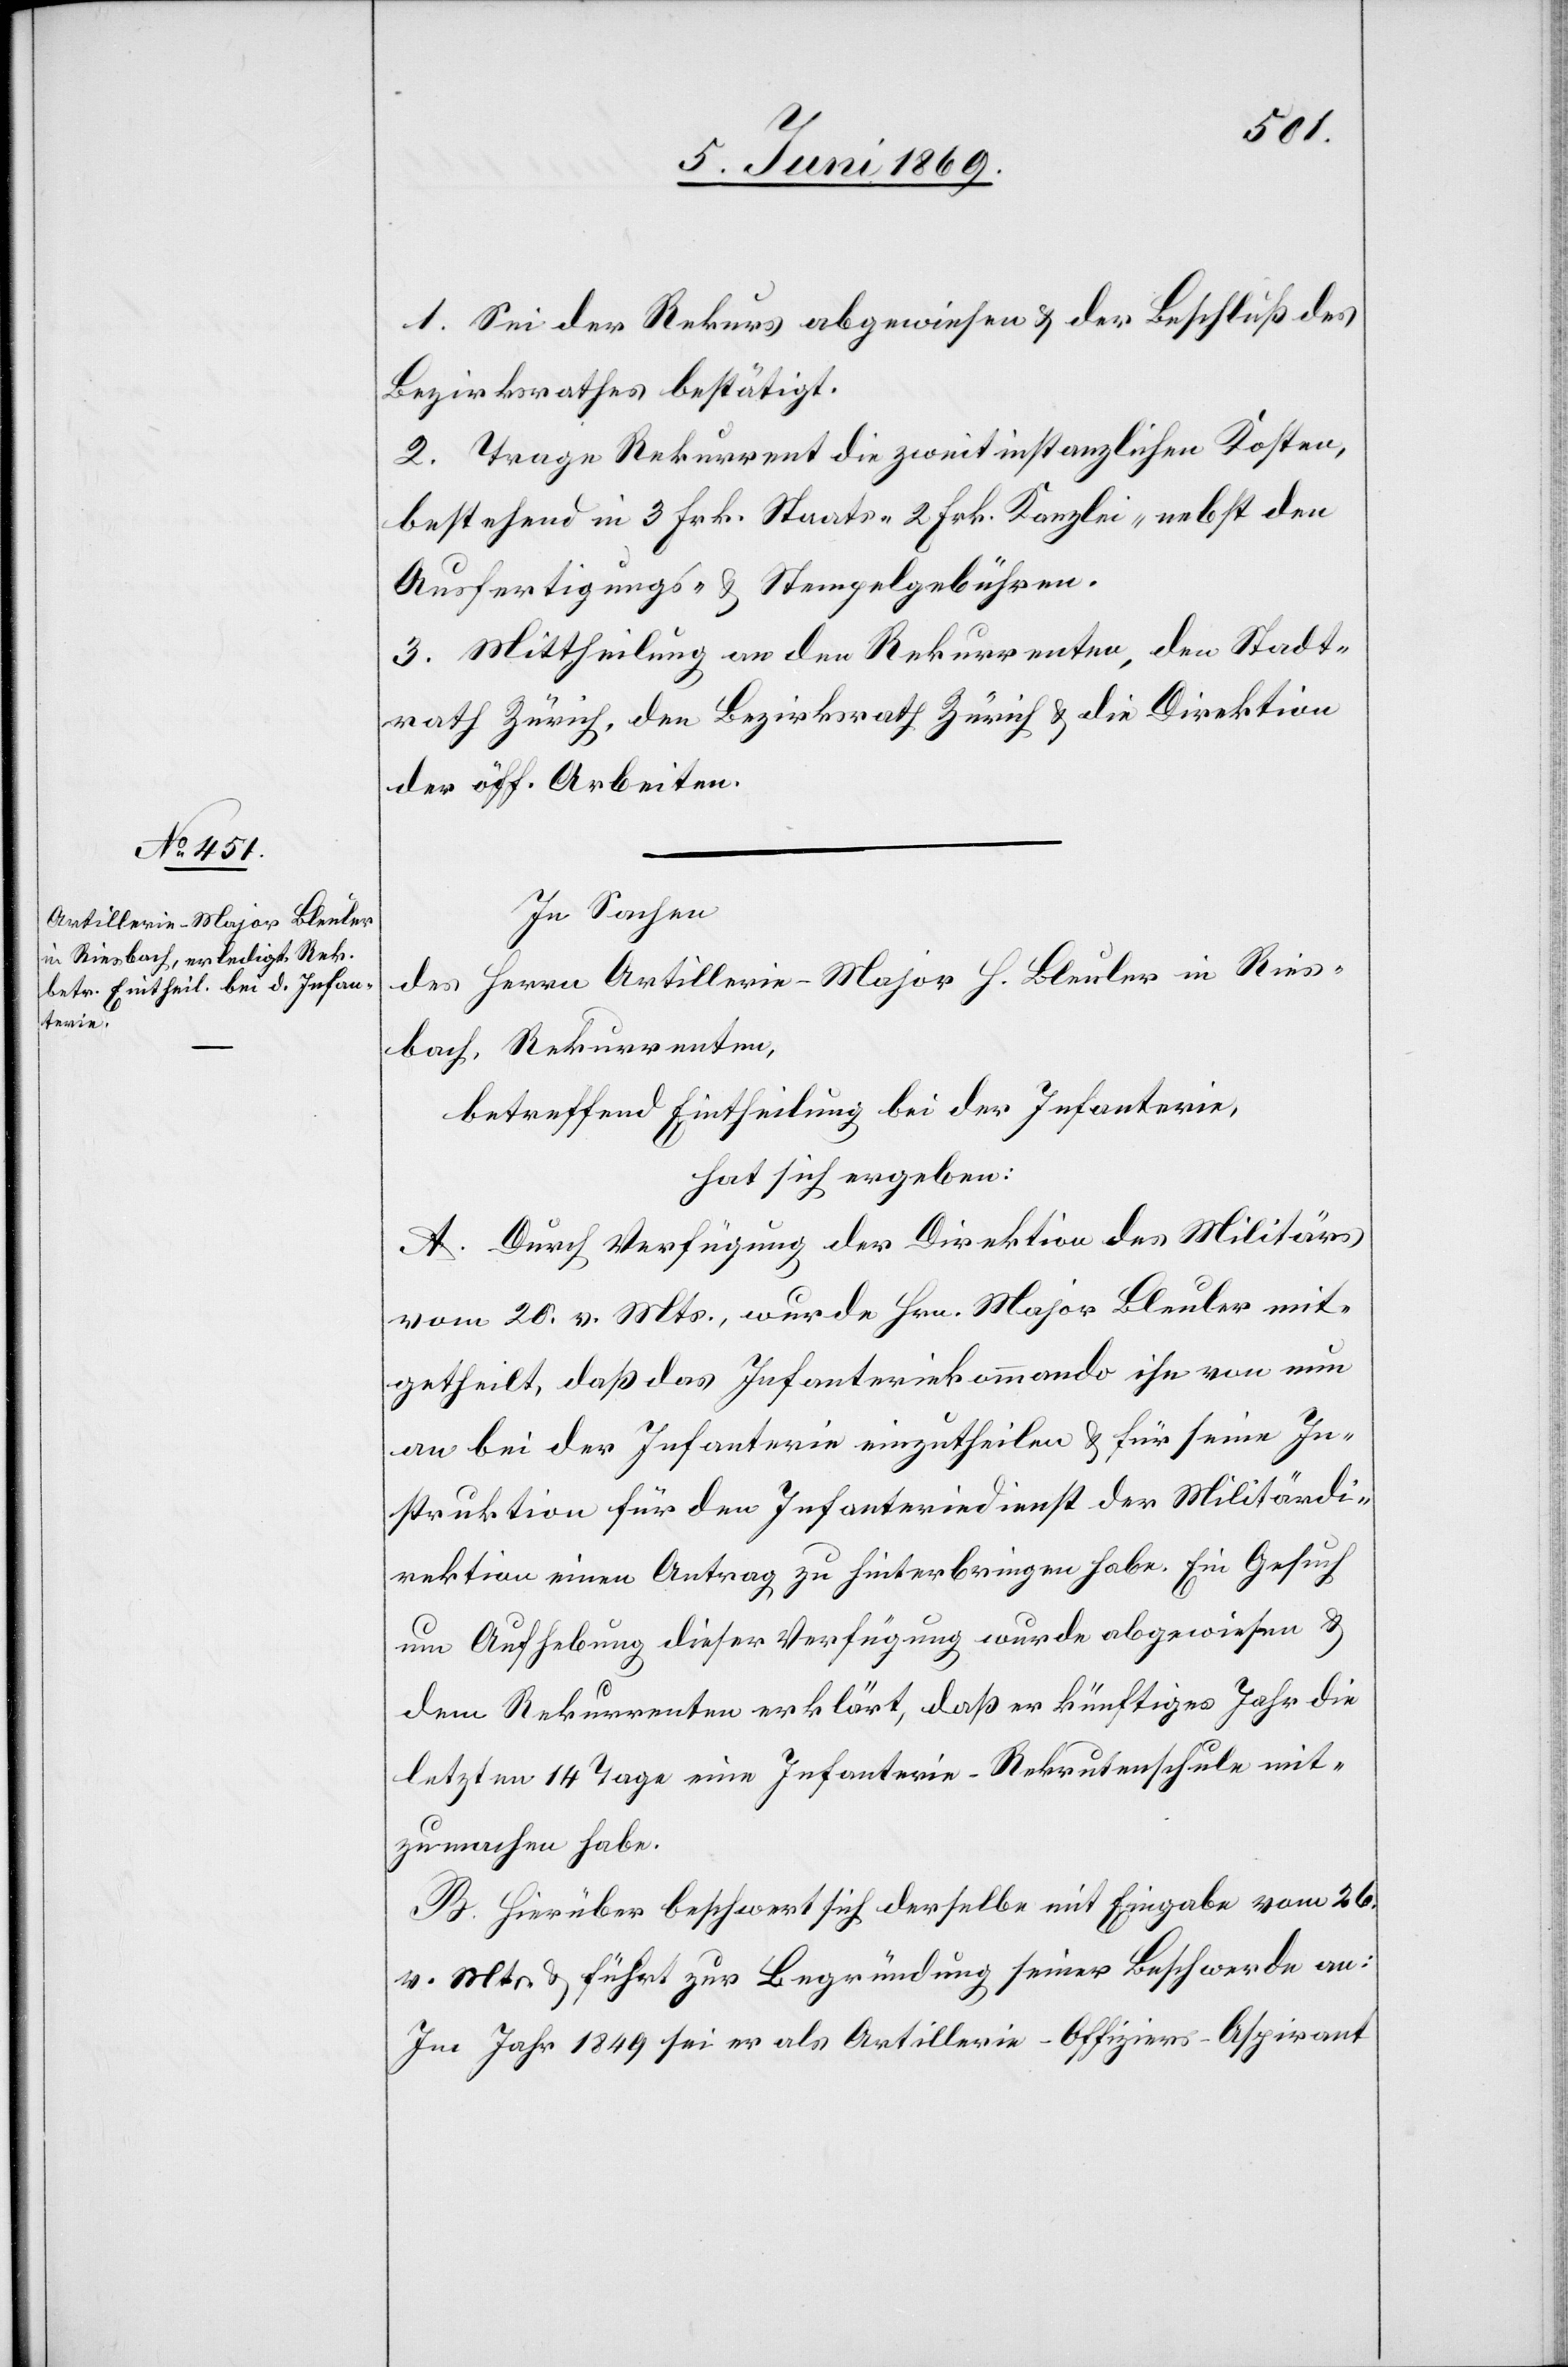
t
1. Sei der Rekurs abgewiesen u. der Beschluß des
Bezirksrathes bestätigt.
2. Trage Rekurrent die zweitinstanzlichen Kosten,
bestehend in 3 Frk. Staats-[,] 2 Frk. Kanzlei- nebst den
Ausfertigungs- u. Stempelgebühren.
3. Mittheilung an den Rekurrenten, den Stadt¬
rath Zürich, den Bezirksrath Zürich u. die Direktion
der öff. Arbeiten.
In Sachen
des Herrn Artillerie-Major H. Bleuler in Ries¬
bach, Rekurrenten
betreffend Eintheilung bei der Infanterie,
hat sich ergeben:
A. Durch Verfügung der Direktion des Militärs,
vom 26 v. Mts., wurde Hrn. Major Bleuler mit¬
getheilt, daß das Infanteriekommando ihn von nun
an bei der Infanterie einzutheilen u. für seine In¬
struktion für den Infanteriedienst der Militärdi¬
rektion einen Antrag zu hinterbringen habe. Ein Gesuch
um Aufhebung dieser Verfügung wurde abgewiesen u.
dem Rekurrenten erklärt, daß er künftiges Jahr die
letzten 14 Tage eine Infanterie-Rekrutenschule mit¬
zumachen habe.
B. Hierüber beschwert sich derselbe mit Eingabe vom 26
v. Mts. u. führt zur Begründung seiner Beschwerde an:
Im Jahr 1849 sei er als Artillerie-Offiziers-Aspiran¬